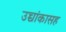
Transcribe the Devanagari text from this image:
उच्चांकासह